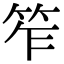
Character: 笮